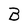
Character: B